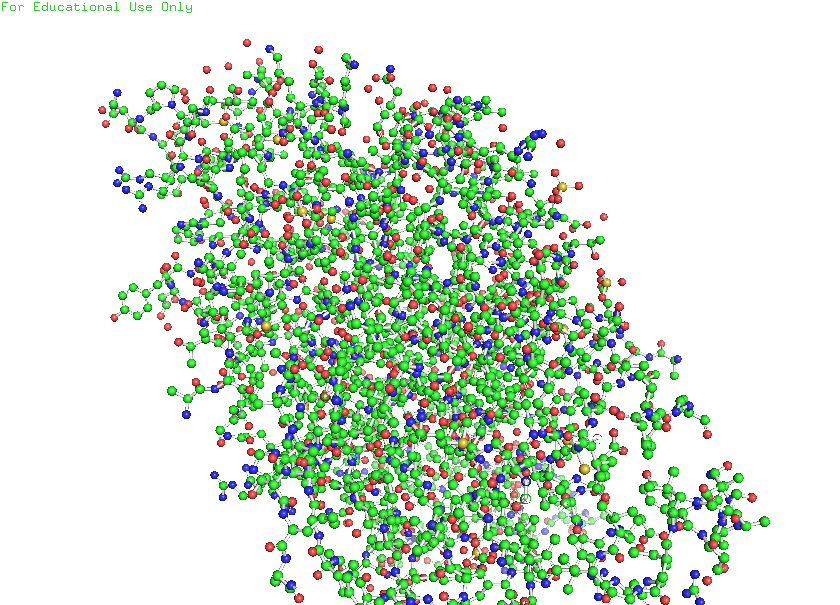
pymol, preset, ball_and_stick